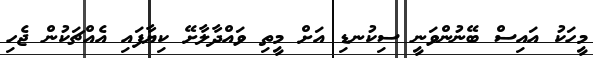
މީހަކު އައިސް ބޭނުންވަނީ ސިކުނޑި އަށް މީތި ވައްދާލާށޭ ކިޔާފައި އެއްޗަކުން ޖެހި